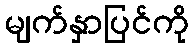
မျက်နှာပြင်ကို